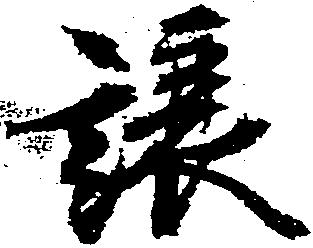
譲